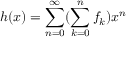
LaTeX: h ( x ) = \sum _ { n = 0 } ^ { \infty } ( \sum _ { k = 0 } ^ { n } f _ { k } ) x ^ { n }